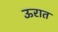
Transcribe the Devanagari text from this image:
ऊरात